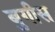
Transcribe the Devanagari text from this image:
बुगीस